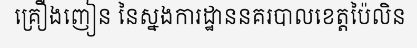
គ្រឿងញៀន នៃស្នងការដ្ឋាននគរបាលខេត្តប៉ៃលិន